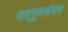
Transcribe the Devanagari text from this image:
सद्‌गुणसंपन्न